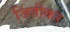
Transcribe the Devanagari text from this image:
जिंतीकर